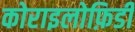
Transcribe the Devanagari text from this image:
कोराइलोफ़िडी